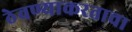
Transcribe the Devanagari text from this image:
ठेवण्याकरताचा